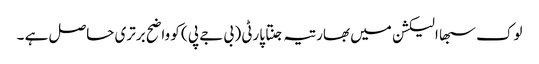
لوک سبھا الیکشن میں بھارتیہ جنتا پارٹی ( بی جے پی ) کو واضح برتری حاصل ہے ۔